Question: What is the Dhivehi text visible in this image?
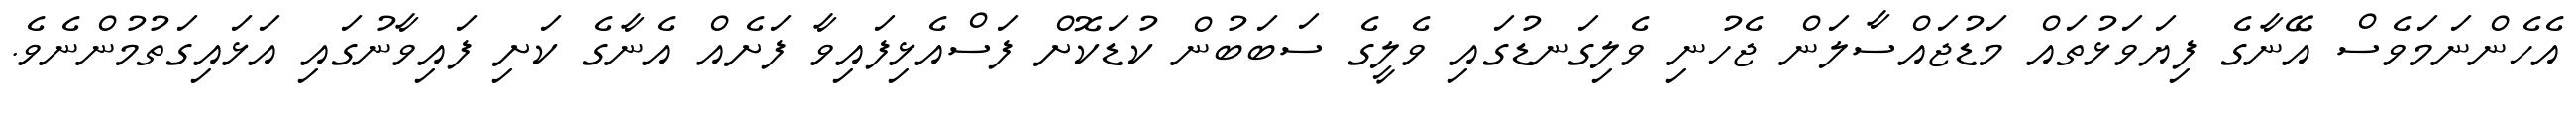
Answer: އެހެންނަމަވެސް އޭނާގެ ފިޔަވަޅުތައް މަޑުޖައްސާލަން ޖެހުނި ވެލިގަނޑުގައި ވެލީގެ ސަބަބުން ކުޑަކޮށް ފަސްއެޅިފައިވާ ފަށެއް އެނާގެ ކަށި ފައިވާނުގައި އަޅައިގަތުމުންނެވެ.